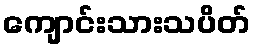
ကျောင်းသားသပိတ်